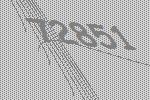
72851